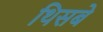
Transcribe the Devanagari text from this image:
थिसबे